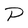
Character: P